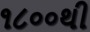
૧૮૦૦થી